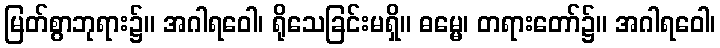
မြတ်စွာဘုရား၌။ အဂါရဝေါ၊ ရိုသေခြင်းမရှိ။ ဓမ္မေ၊ တရားတော်၌။ အဂါရဝေါ၊